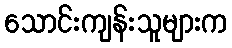
သောင်းကျန်းသူများက